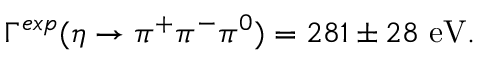
\Gamma ^ { e x p } ( \eta \rightarrow \pi ^ { + } \pi ^ { - } \pi ^ { 0 } ) = 2 8 1 \pm 2 8 \, \, \mathrm { e V } .